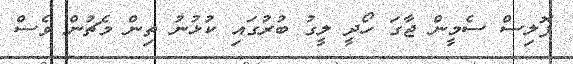
ޕޮލިސް ސެމީން ޖާގަ ހޯދީ ލީގު ބުރުގައި ކުޅުނު ތިން މެޗުން ވެސް